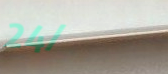
24/7